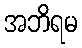
အဘိရမ